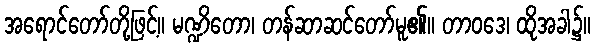
အရောင်တော်တို့ဖြင့်။ မဏ္ဍိတော၊ တန်ဆာဆင်တော်မူ၏။ တာဝဒေ၊ ထိုအခါ၌။